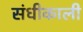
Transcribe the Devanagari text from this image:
संधीकाली